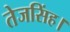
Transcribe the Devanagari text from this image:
तेजसिंह।